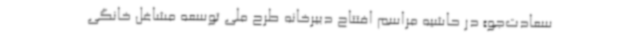
سعادت‌جو» در حاشیه مراسم افتتاح دبیرخانه طرح ملی توسعه مشاغل خانگی